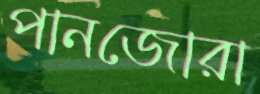
পানজোরা